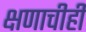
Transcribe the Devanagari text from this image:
क्षणाचीही